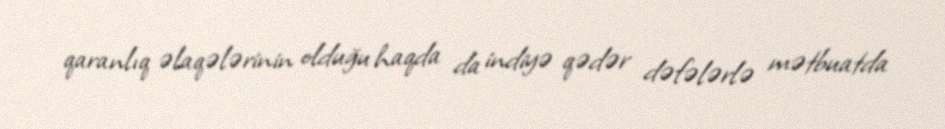
qaranlıq əlaqələrinin olduğu haqda da indiyə qədər dəfələrlə mətbuatda